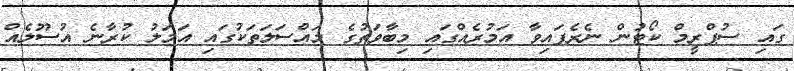
ގައި ސުޕްރީމް ކޯޓުން ނެރެފައިވާ އަމުރެއްގައި މިބާވަތުގެ މައްސަލަތަކުގައި އަމަލު ކުރާނެ އުސޫލެއް